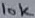
Text: 10K